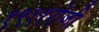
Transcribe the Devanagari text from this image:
१९११रोजी